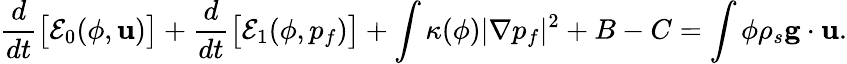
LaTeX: \frac{d}{dt}\big[\mathcal E_{0}(\phi,{\mathbf u})\big]+\frac{d}{dt}\big[\mathcal E_{1}(\phi,p_{f})\big]+\int\kappa(\phi)|\nabla p_{f}|^{2}+B-C=\int\phi\rho_{s}{\mathbf g}\cdot{\mathbf u}.